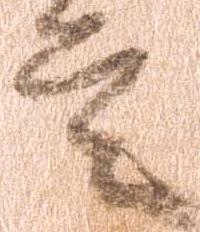
言